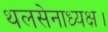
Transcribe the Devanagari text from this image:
थलसेनाध्यक्ष।